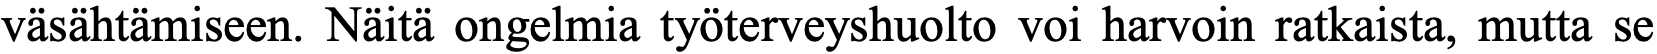
väsähtämiseen. Näitä ongelmia työterveyshuolto voi harvoin ratkaista, mutta se